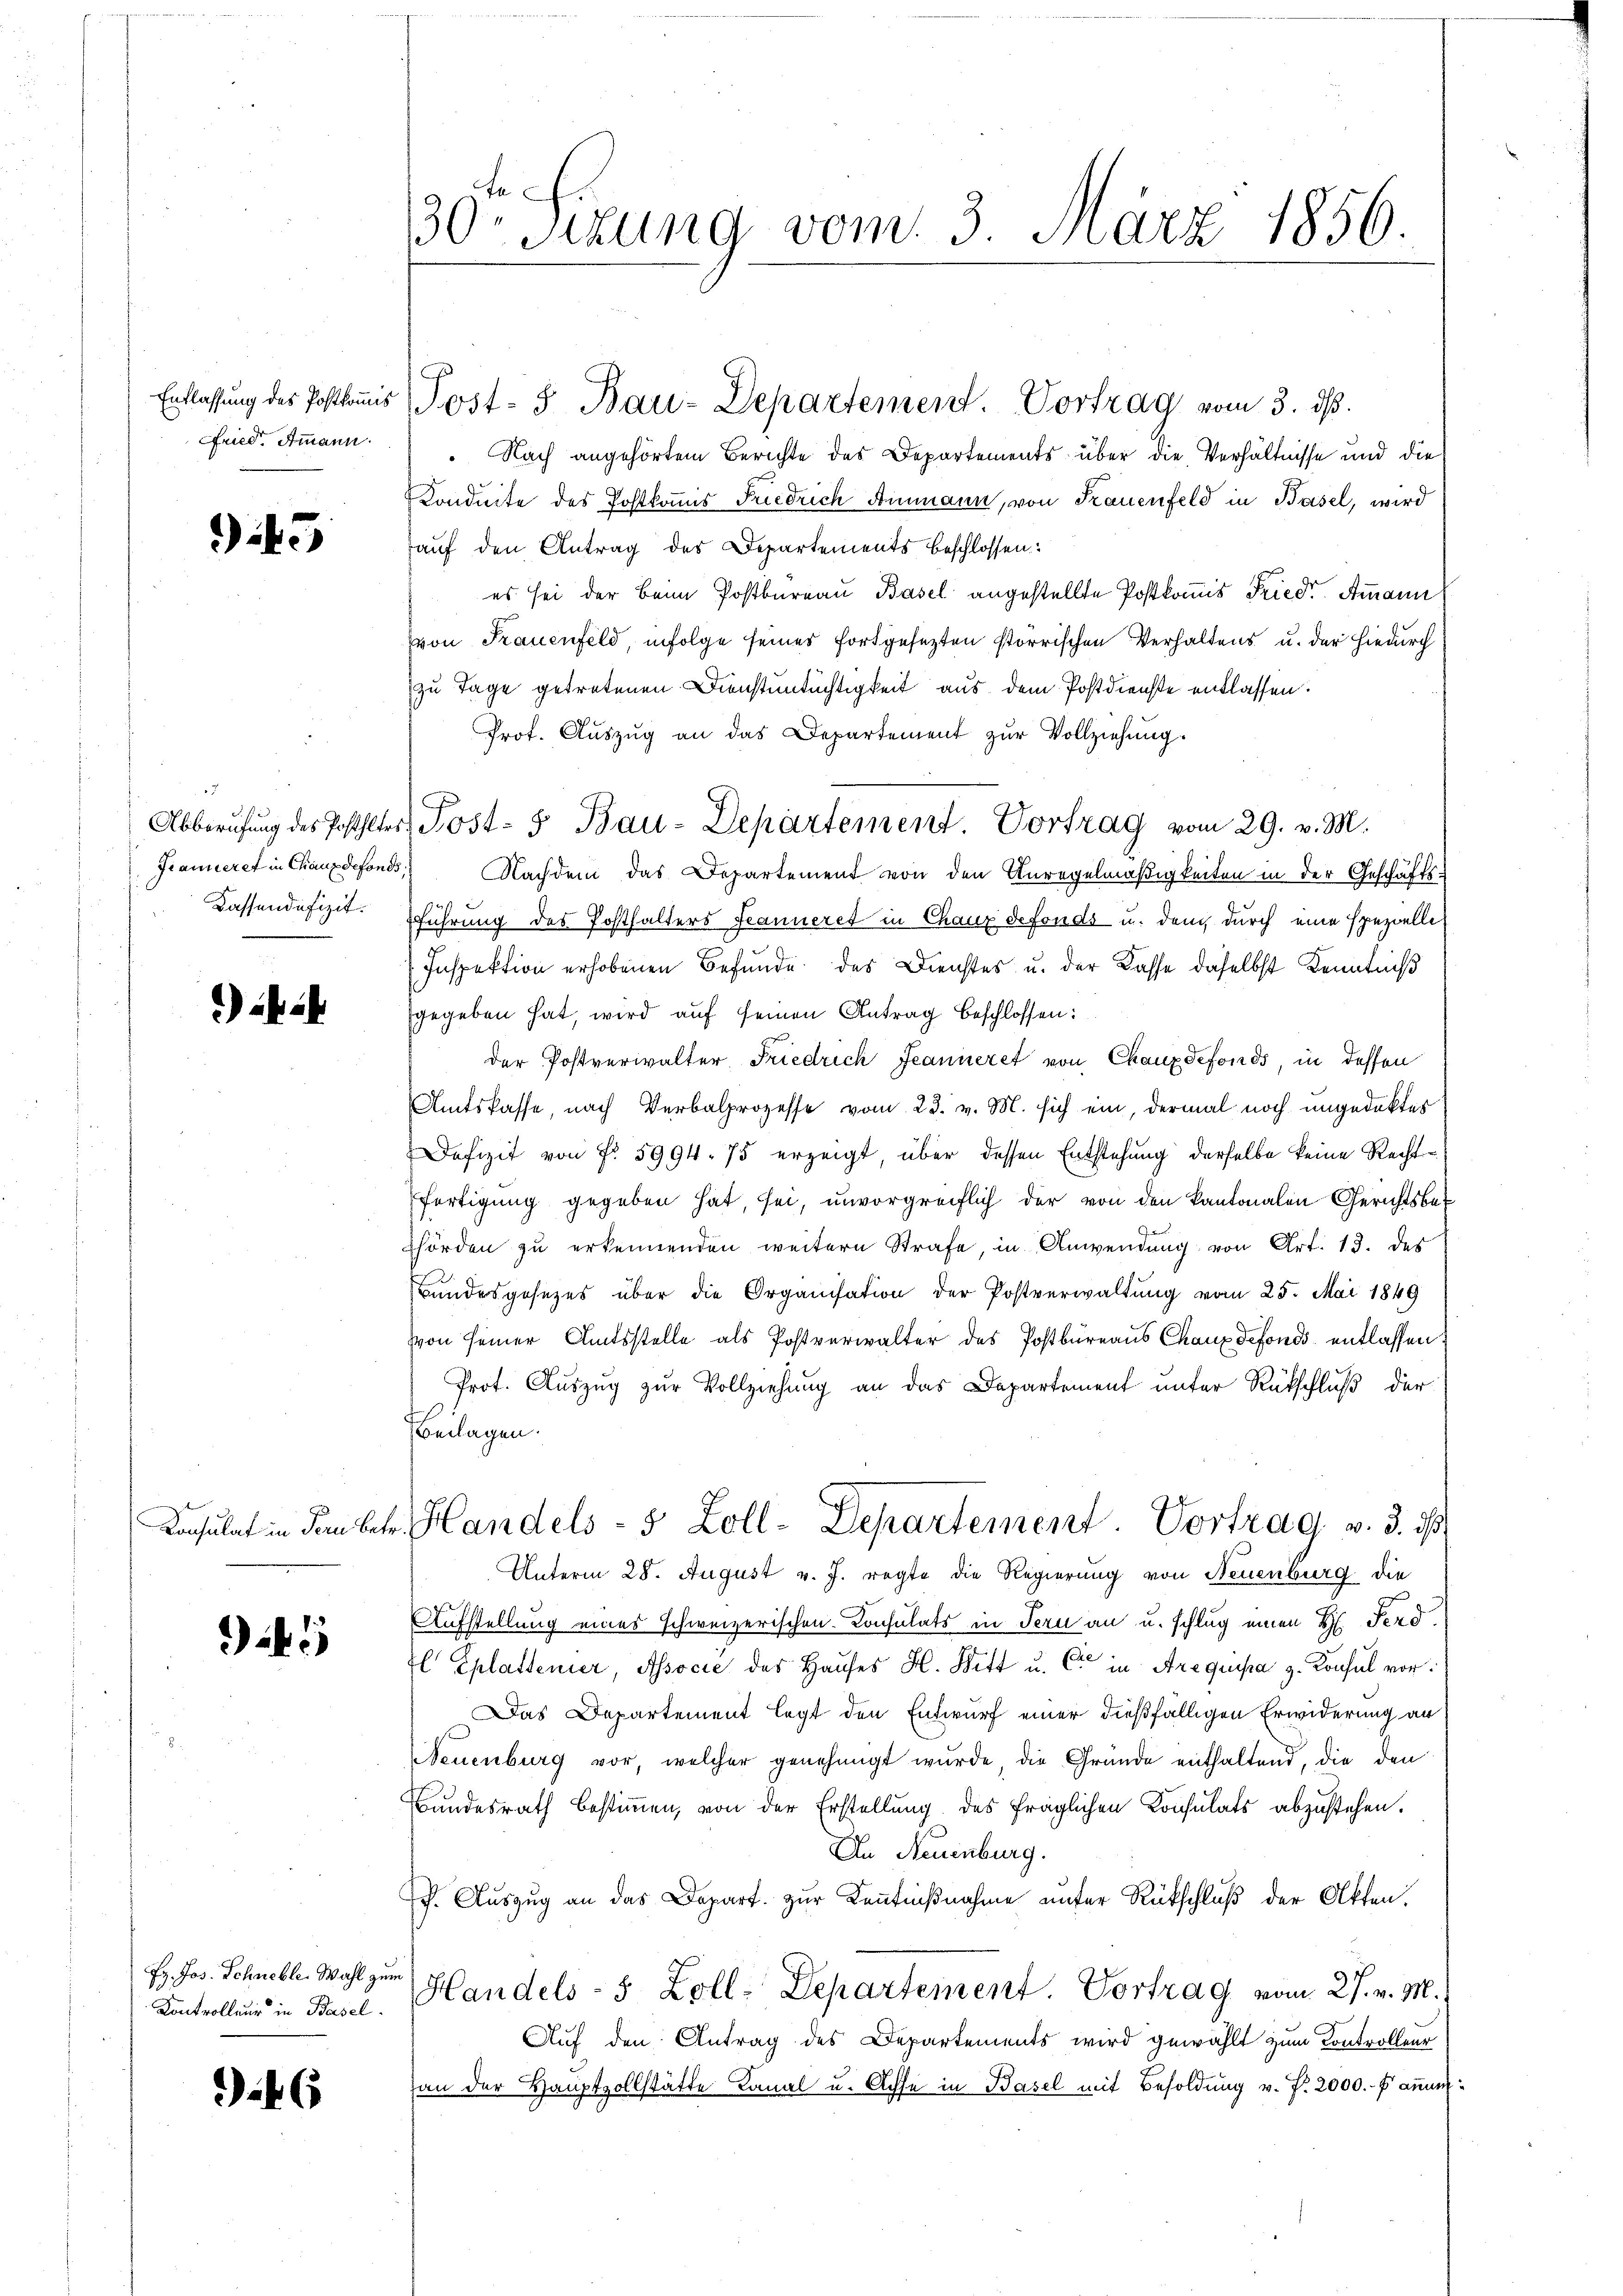
945

Kassendifizit.

) ih

5

Ez. Jos. Schneble. Wahl zum

46

Fried. Ammann. Nach angehörtem Berichte des Departements über die Verhältnisse und die
Konduite des Postkommis Friedrich Ammann, von Frauenfeld in Basel, wird
auf den Antrag des Departements beschlossen:
es sei der Beim Postbureau Basel angestellte Postkommis Friedr. Ammann
von Frauenfeld, infolge seines fortgesezten storischen Verhaltens u. der hiedurch
zu Tage getretenen Dienstuntüchtigkeit aus dem Postdienste entlassen.
Prot. Auszug an das Departement zur Vollziehung.
Granieret in Chauxdefonds. Nachdem das Departement von den Anregelmäßigkeiten in der Geschäftsführung des Posthalters Jeanneret in Chaux defonds u. dem durch eine spezielle
Inspektion erhobenen Befunde des Dienstes u. der Kasse daselbst Kenntniß
gegeben hat, wird auf seinen Antrag beschlossen:
der Postverwalter Friedrich Jeanneret von Chauxdefonds, in dessen
Amtskasse, nach Verbalprozesse vom 23. v. M. sich ein, dermal noch ungedektes
Dofizit von fr. 5994. 75 erzeigt, über dessen Entstehung derselbe keine Rechtfertigung gegeben hat, sei, unvorgreiflich der von den kantonalen Gerichtsbehörden zu erkennenden weitern Strafe, in Anwendung von Art. 13. des
Bundesgesezes über die Organisation der Postverwaltung vom 25. Mai 1849
von seiner Amtsstelle als Postverwalter des Postbüreaus Chaux defonds entlassen,
Prot. Auszug zur Vollziehung an das Departement unter Rückschluß der
Beilagen.
Konsulat in dem betr. Handels- 5 Zoll-Departement. Vortrag v. 3. ds
Unterm 28. August v. J. regte die Regierung von Neuenburg die
Aufstellung eines schweizerischen Consulats in Tern an u. schlug einen H. Ferd.
El Eplattener, Associe des Haŭses H. Ritt u. C in Arequipa z. Konsul vor:
Das Departement legt den Entwurf einer dießfälligen Erwiderung an
Neuenburg vor, welcher genehmigt wurde, die Gründe enthaltend, die den
Bundesrath bestimmen, von der Erstellung des fraglichen Konsulats abzustehen.
In Neuenburg.
p. Auszug an das Depart. zur Kenntnißnahme unter Rückschluß der Akten.
Kontrollŭng in Basel. Handels- 5 Zoll-Departement. Vortrag vom 27. v. M.)
Auf den Antrag des Departements wird gewählt zum Controlleur
an der Hauptzollstätte Kanal u. Achse in Basel mit Besoldung v. P. 2000.- Fami¬

30. Sizung vom 3. März 1856.

Entlassung der Postkanis Post- & Bau-Departement. Vortrag vom 3. dβ.

Abberufung des Posthalter Post- 5 Bau-Departement. Vortrag vom 29. v. M.